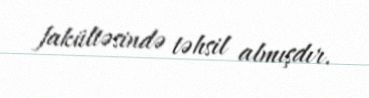
fakültəsində təhsil almışdır.